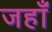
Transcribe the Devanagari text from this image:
जहाँं